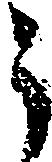
う